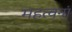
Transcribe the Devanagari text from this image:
महत्वनां